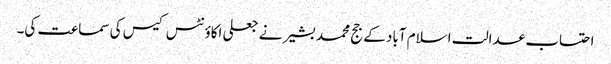
احتساب عدالت اسلام آباد کے جج محمد بشیر نے جعلی اکاؤنٹس کیس کی سماعت کی۔